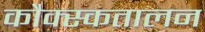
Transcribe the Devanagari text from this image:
कौक्स्कतालन